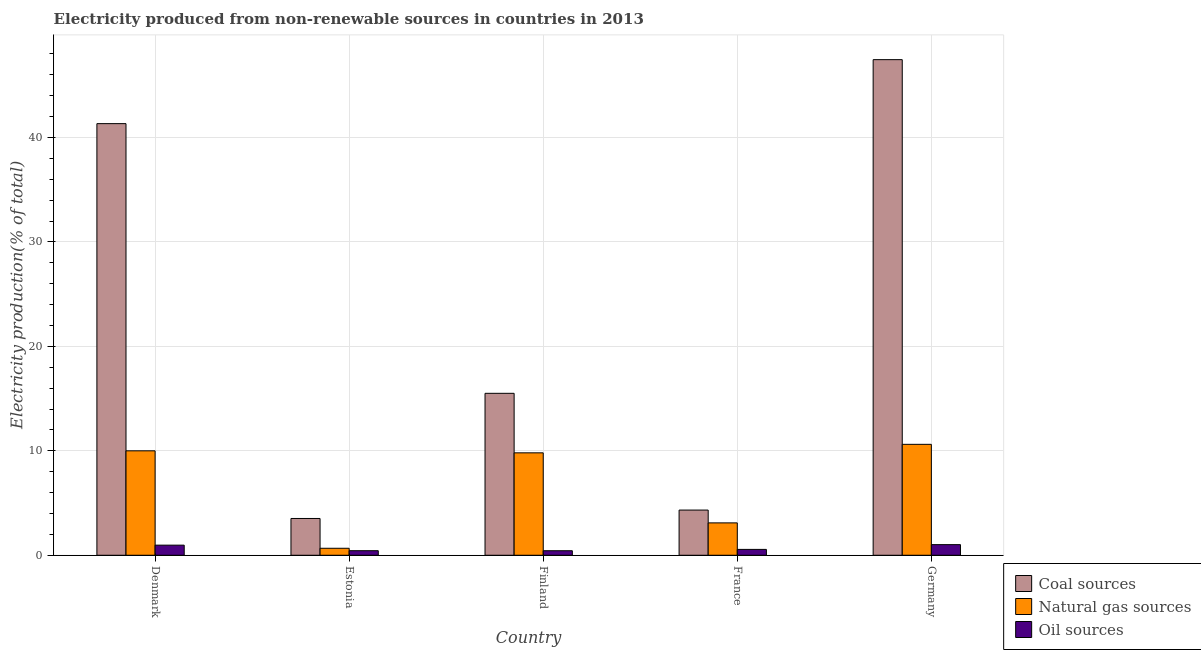
| Country | Coal sources | Natural gas sources | Oil sources |
 | --- | --- | --- | --- |
 | Denmark | 41.3 | 10 | 0.969 |
 | Estonia | 3.52 | 0.67 | 0.436 |
 | Finland | 15.5 | 9.81 | 0.434 |
 | France | 4.33 | 3.1 | 0.561 |
 | Germany | 47.5 | 10.6 | 1.02 |